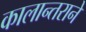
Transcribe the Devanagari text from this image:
कालान्तराने